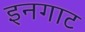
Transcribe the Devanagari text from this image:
इनगाट